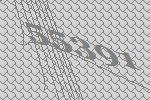
55391